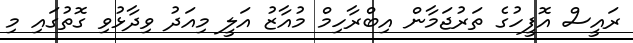
ރައީސް އޮފީހުގެ ތަރުޖަމާން އިބްރާހިމް މުއާޒު އަލީ މިއަދު ވިދާޅުވި ގޮތުގައި މި